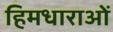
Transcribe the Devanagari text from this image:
हिमधाराओं